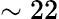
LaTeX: \sim 22